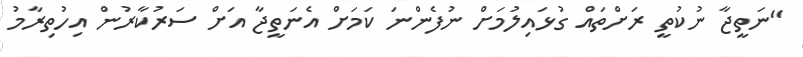
"ނަތީޖާ ނުކުތީ ރަށްތައް ގުޅައިލުމަށް ނުފެންނަ ކަމަށް އެނަތީޖާ އަށް ސަރުކާރުން އިހުތިރާމު